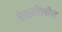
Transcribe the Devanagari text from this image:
ऐशमोलीन